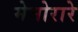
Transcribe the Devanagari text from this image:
मेमोरारे